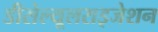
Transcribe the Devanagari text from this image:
डीसेल्यूलराइजेशन